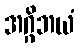
အဂ္ဂိဘယံ